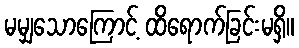
မမျှသောကြောင့် ထိရောက်ခြင်းမရှိ။